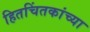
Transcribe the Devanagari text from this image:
हितचिंतकांच्या